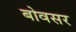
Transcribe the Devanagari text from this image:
बोवसर